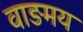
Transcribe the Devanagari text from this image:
वाङमय